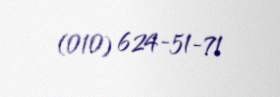
(010) 624-51-71